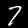
Label: 7